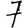
Digit: 7